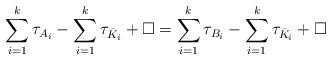
LaTeX: \begin{align*}\sum_{i = 1}^{k}\tau_{A_i} - \sum_{i = 1}^{k}\tau_{\bar{K}_i} + \Box = \sum_{i = 1}^{k}\tau_{B_i} - \sum_{i = 1}^{k}\tau_{\bar{K}_i} + \Box\end{align*}